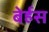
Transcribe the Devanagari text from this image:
बेर्हस